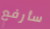
سأرفع